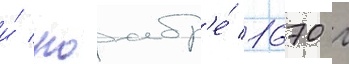
и́ ноабр'е́ 1670 г